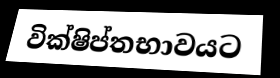
වික්ෂිප්තභාවයට